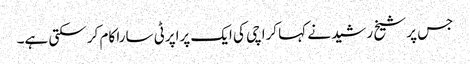
جس پر شیخ رشید نے کہا کراچی کی ایک پراپرٹی سارا کام کر سکتی ہے۔